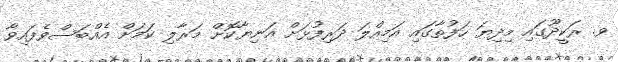
ވ. ރަކީދޫގައި މިދިޔަ ހަފުތާގައި އަމިއްލަ ދަރިފުޅަށް އަނިޔާކޮށް މަރާލި ކަމަށް އެއްބަސްވެފައިވާ